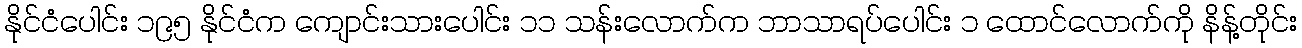
နိုင်ငံပေါင်း ၁၉၅ နိုင်ငံက ကျောင်းသားပေါင်း ၁၁ သန်းလောက်က ဘာသာရပ်ပေါင်း ၁ ထောင်လောက်ကို နိန့်တိုင်း